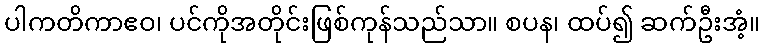
ပါကတိကာဧဝ၊ ပင်ကိုအတိုင်းဖြစ်ကုန်သည်သာ။ စပန၊ ထပ်၍ ဆက်ဦးအံ့။